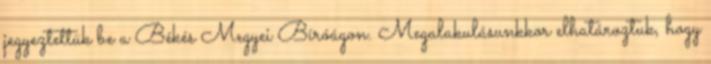
jegyeztettük be a Békés Megyei Bíróágon. Megalakulásunkkor elhatároztuk, hogy